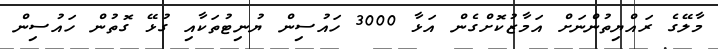
މާލޭގެ ރައްޔިތުުންނަށް އަމާޒުކޮށްގެން އަޅާ 3000 ހައުސިން ޔުނިޓުތަކާއި ގުޅޭ ގޮތުން ހައުސިން